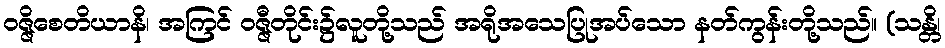
ဝဇ္ဇိစေတိယာနိ၊ အကြင် ဝဇ္ဇီတိုင်း၌လူတို့သည် အရိုအသေပြုအပ်သော နတ်ကွန်းတို့သည်။ (သန္တိ၊